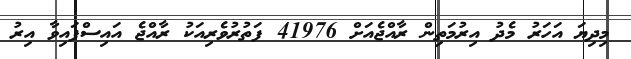
މިދިޔަ އަހަރު މެދު އިރުމަތިން ރާއްޖެއަށް 41976 ފަތުރުވެރިއަކު ރާއްޖެ އައިސްފައިވާ އިރު